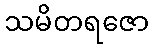
သမိတရဇော